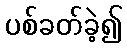
ပစ်ခတ်ခဲ့၍